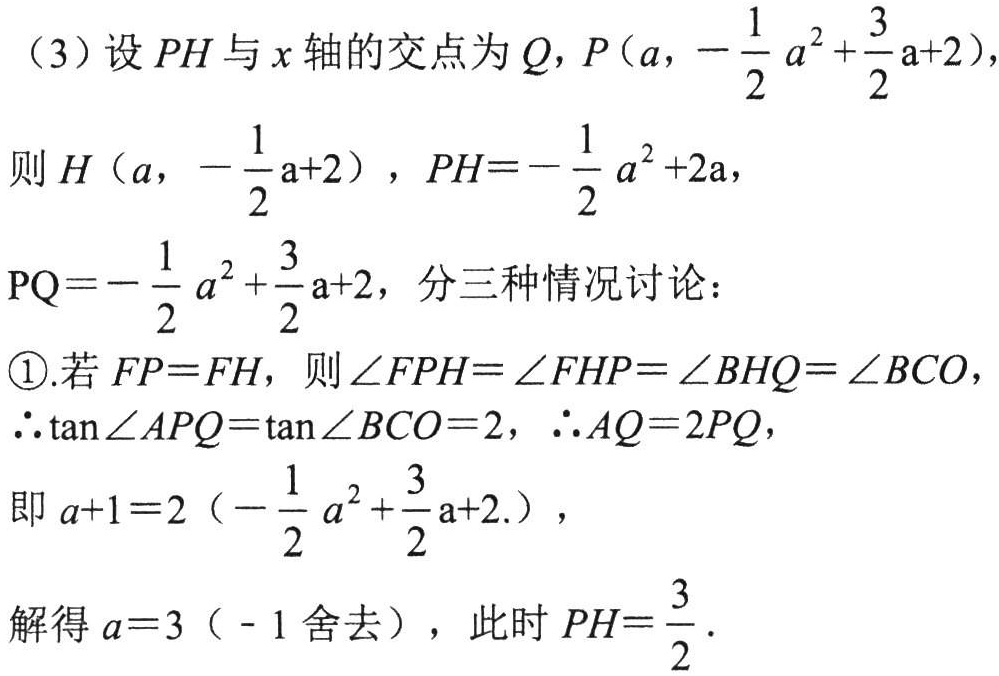
(3) 设 \(PH\) 与 \(x\) 轴的交点为 \(Q\)，\(P(a,-\dfrac{1}{2}a^{2}+\dfrac{3}{2}a + 2)\)，
则 \(H(a,-\dfrac{1}{2}a + 2)\)，\(PH=-\dfrac{1}{2}a^{2}+2a\)，
\(PQ=-\dfrac{1}{2}a^{2}+\dfrac{3}{2}a + 2\)，分三种情况讨论：
\textcircled{1}.若 \(FP = FH\)，则 \(\angle FPH=\angle FHP=\angle BHQ=\angle BCO\)，
\(\therefore\tan\angle APQ=\tan\angle BCO = 2\)，\(\therefore AQ = 2PQ\)，
即 \(a + 1=2\left(-\dfrac{1}{2}a^{2}+\dfrac{3}{2}a + 2\right)\)，
解得 \(a = 3\)（\(-1\) 舍去），此时 \(PH=\dfrac{3}{2}\).